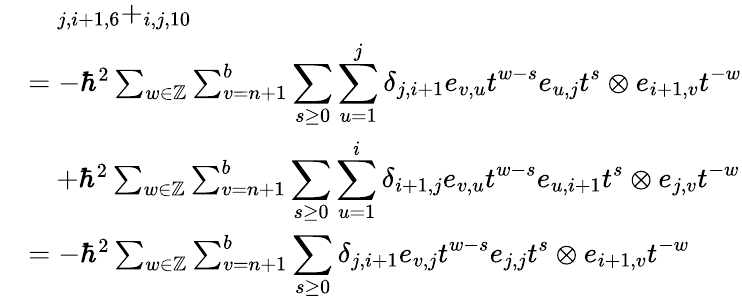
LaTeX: \begin{array}{rl}&{\quad_{j,i+1,6}+_{i,j,10}}\\ &{=-\hbar^{2}\sum_{w\in\mathbb{Z}}\sum_{v=n+1}^{b}\displaystyle\sum_{s\geq 0}\sum_{u=1}^{j}\delta_{j,i+1}e_{v,u}t^{w-s}e_{u,j}t^{s}\otimes e_{i+1,v}t^{-w}}\\ &{\quad+\hbar^{2}\sum_{w\in\mathbb{Z}}\sum_{v=n+1}^{b}\displaystyle\sum_{s\geq 0}\displaystyle\sum_{u=1}^{i}\delta_{i+1,j}e_{v,u}t^{w-s}e_{u,i+1}t^{s}\otimes e_{j,v}t^{-w}}\\ &{=-\hbar^{2}\sum_{w\in\mathbb{Z}}\sum_{v=n+1}^{b}\displaystyle\sum_{s\geq 0}\delta_{j,i+1}e_{v,j}t^{w-s}e_{j,j}t^{s}\otimes e_{i+1,v}t^{-w}}\end{array}